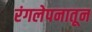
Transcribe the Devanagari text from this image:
रंगलेपनातून